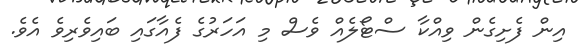
އިން ފެށިގެން ވިއްކާ ސްޓޯލެއް ވެސް މި އަހަރުގެ ފެއާގައި ބައިވެރިވެ އެވެ.